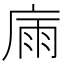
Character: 𢉀